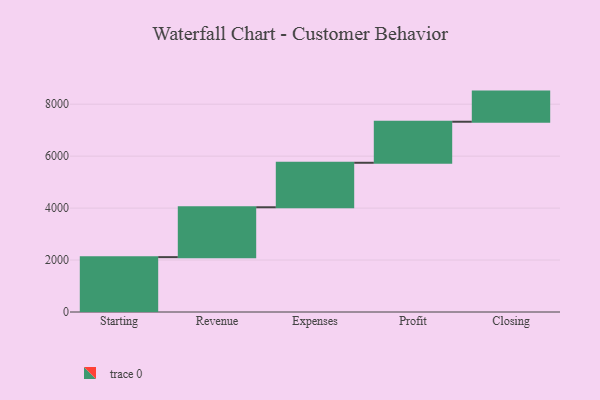
{"axis": {"x": "Step", "y": "Value"}, "legend": [""], "data": [{"x": "Starting", "y": 2112.0, "type": ""}, {"x": "Revenue", "y": 1920.0, "type": ""}, {"x": "Expenses", "y": 1713.0, "type": ""}, {"x": "Profit", "y": 1580.0, "type": ""}, {"x": "Closing", "y": 1160.0, "type": ""}]}